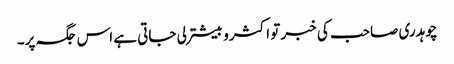
چوہدری صاحب کی خبر تو اکثرو بیشتر لی جاتی ہے اس جگہ پر۔